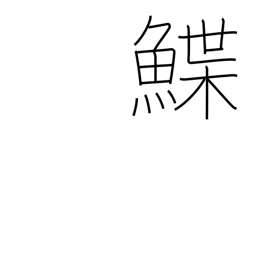
Meaning: sole